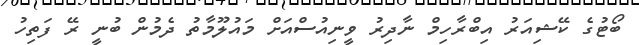
ބޯޓުގެ ކޭޝިއަރު އިބްރާހިމް ނާދިރު ވީނިއުސްއަށް މައުލޫމާތު ދެމުން ބުނީ ރޭ ފަތިހު